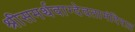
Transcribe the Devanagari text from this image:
श्रीसमर्थवाग्देवतामंदिरात